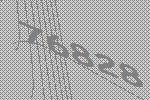
76828